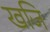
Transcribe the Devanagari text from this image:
खजि